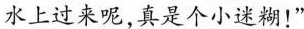
水上过来呢，真是个小迷糊！”